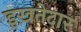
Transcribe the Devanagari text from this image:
इख़तेदार